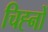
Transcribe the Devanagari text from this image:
चिह्‍नों